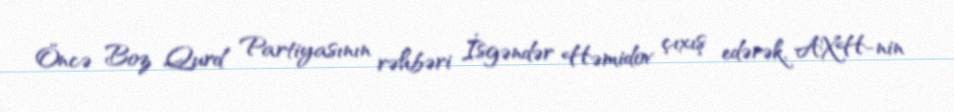
Öncə Boz Qurd Partiyasının rəhbəri İsgəndər Həmidov çıxış edərək, AXH-nin